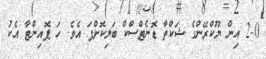
2-0 އިން ޔޫކްރޭންގެ ޝަކްތާ ޑޮނެޓްސްކް ބަލިކޮށްފަ އެވެ. ހަ ޕޮއިންޓާ އެކު